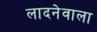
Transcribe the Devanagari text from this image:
लादनेवाला